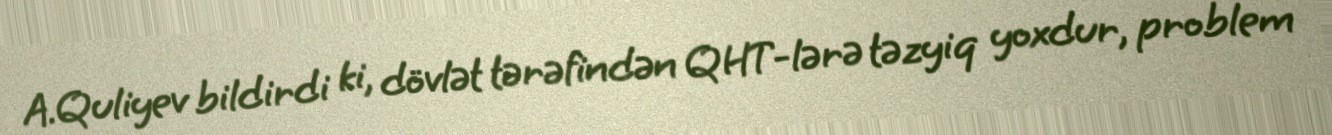
A.Quliyev bildirdi ki, dövlət tərəfindən QHT-lərə təzyiq yoxdur, problem